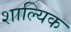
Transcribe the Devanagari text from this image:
शाल्यिक